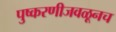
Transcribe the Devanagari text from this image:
पुष्करणीजवळूनच